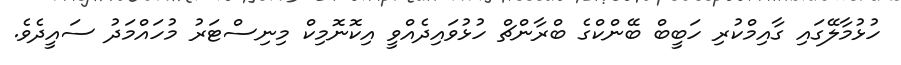
ހުޅުމާލޭގައި ގާއިމްކުރި ހަބީބް ބޭންކްގެ ބްރާންޗް ހުޅުވައިދެއްވީ އިކޮނޮމިކް މިނިސްޓަރު މުހައްމަދު ސައީދެވެ.